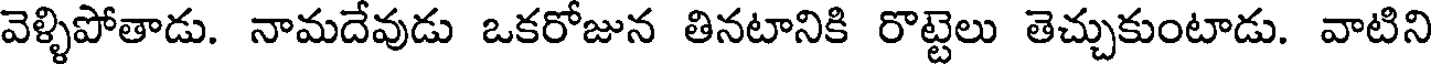
వెళ్ళిపోతాడు. నామదేవుడు ఒకరోజున తినటానికి రొట్టెలు తెచ్చుకుంటాడు. వాటిని